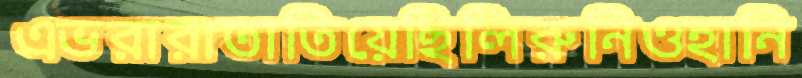
এভরারাতাতিয়েছিলিরুনিওহানি